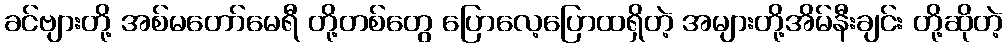
ခင်ဗျားတို့ အစ်မတော်မေရီ တို့တစ်တွေ ပြောလေ့ပြောထရှိတဲ့ အများတို့အိမ်နီးချင်း တို့ဆိုတဲ့